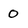
Character: 0